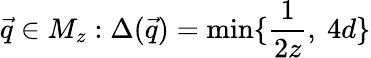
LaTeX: \vec{q}\in M_{z}:\Delta(\vec{q})=\operatorname*{min}\{ \frac{1}{2z}\mathrm{,~}4d\}